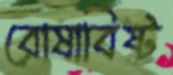
রোষাবিষ্ট